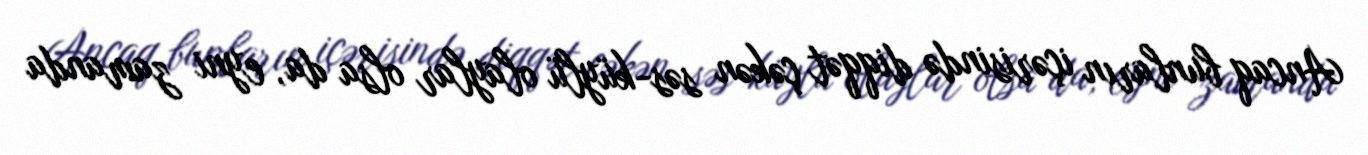
Ancaq bunların içərisində diqqət çəkən səs-küylü olaylar olsa da, eyni zamanda